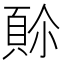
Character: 𩒈